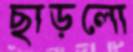
ছাড়লো